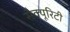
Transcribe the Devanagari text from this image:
सैक्यूरिटी